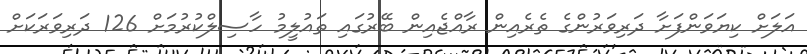
އަލަށް ކިޔަވަންފަށާ ދަރިވަރުންގެ ތެރެއިން ރާއްޖެއިން ބޭރުގައި ތައުލީމު ހާސިލްކުރުމަށް 126 ދަރިވަރަކަށް